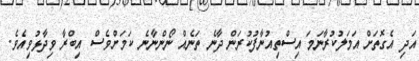
އަދި އެގޮތަށް އަމަލުކުރާނަމަ އިސްތިއުނާފުކުރަން ދާނެ ތަނެއް ނޯންނާނެ ކަމަށްވެސް އިބްރާ ވިދާޅުވިއެވެ.